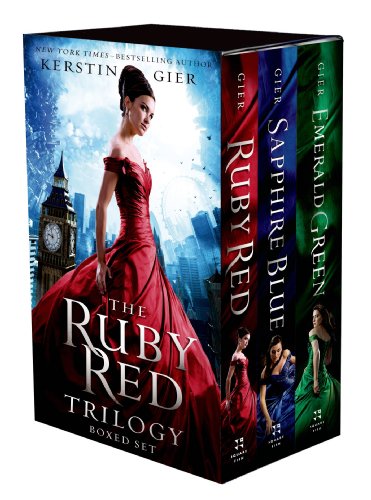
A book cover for The Ruby Red Trilogy Boxed Set; Kerstin Gier; Teen & Young Adult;